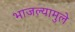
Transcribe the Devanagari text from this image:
भाजल्यामुले